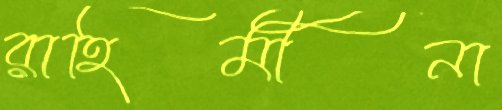
রাহিমীনা